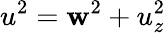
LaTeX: u^{2}=\mathbf{w}^{2}+u_{z}^{2}